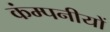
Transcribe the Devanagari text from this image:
कंम्पनीयों